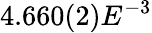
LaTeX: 4.660(2)E^{-3}